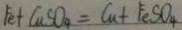
F e + C u S O _ { 4 } = C u + F e S O _ { 4 }